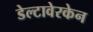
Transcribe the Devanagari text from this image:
डेल्टावेरकेन